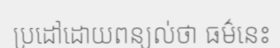
ប្រដៅដោយពន្យល់ថា ធម៌នេះ